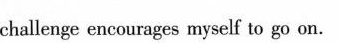
challenge encourages myself to go on.